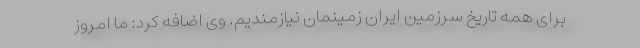
برای همه تاریخ سرزمین ایران زمینمان نیازمندیم. وی اضافه کرد: ما امروز